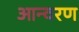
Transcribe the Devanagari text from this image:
आन्वरण